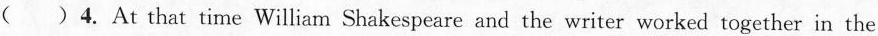
( )4. At that time William Shakespeare and the writer worked together in the